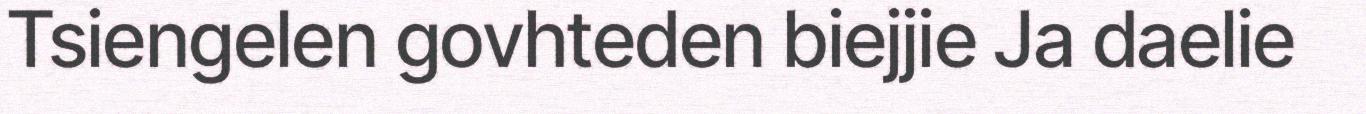
Tsiengelen govhteden biejjie Ja daelie